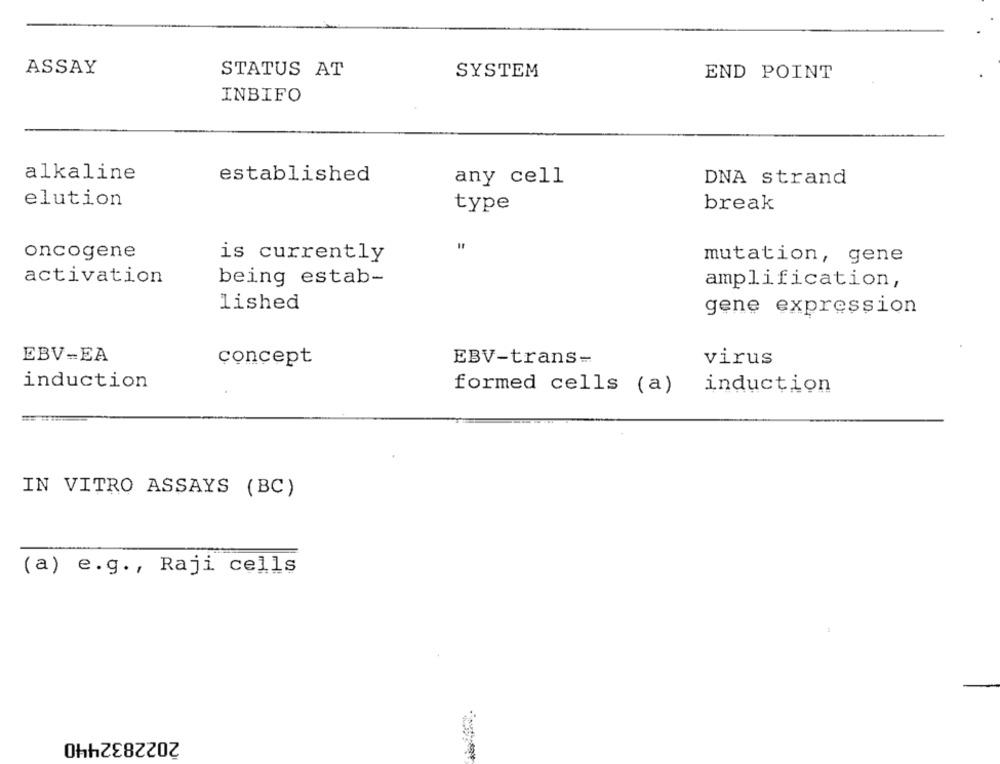
ASSAY
STATUS AT
SYSTEM
END POINT
INBIFO
alkaline
established
any cell
DNA strand
elution
type
break
oncogene
is currently
mutation, gene
activation
being estab-
amplification,
lished
gene expression
EBV-EA
concept
EBV-trans-
virus
induction
induction
formed cells (a)
IN VITRO ASSAYS (BC)
(a) e.g ., Raji cells
2022832440